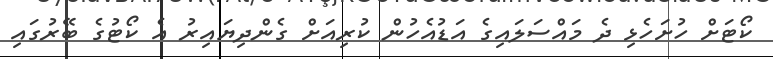
ކޯޓަށް ހުށަހެޅި ދެ މައްސަލައިގެ އަޑުއެހުން ކުރިއަށް ގެންދިޔައިރު އެ ކޯޓުގެ ބޭރުގައި